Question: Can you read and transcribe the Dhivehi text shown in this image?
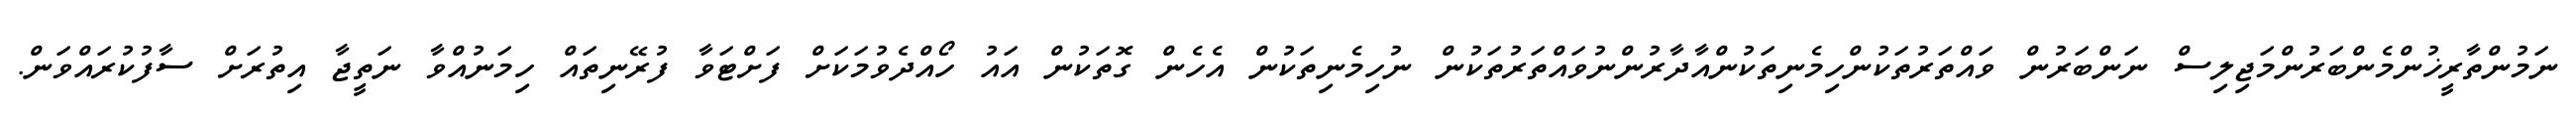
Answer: ނަމުންތާރީޚުންމެންބަރުންމަޖިލިސް ނަންބަރުން ވައްތަރުތަކުންހިމެނިތަކުންއާދާރުންނުވައްތަރުތަކުން ނުހިމެނިތަކުން އެހެން ގޮތަކުން އައު ހޯއްދެވުމަކަށް ފަށްޓަވާ ފުރޭނިތައް ހިމަނުއްވާ ނަތީޖާ އިތުރަށް ސާފުކުރައްވަން.